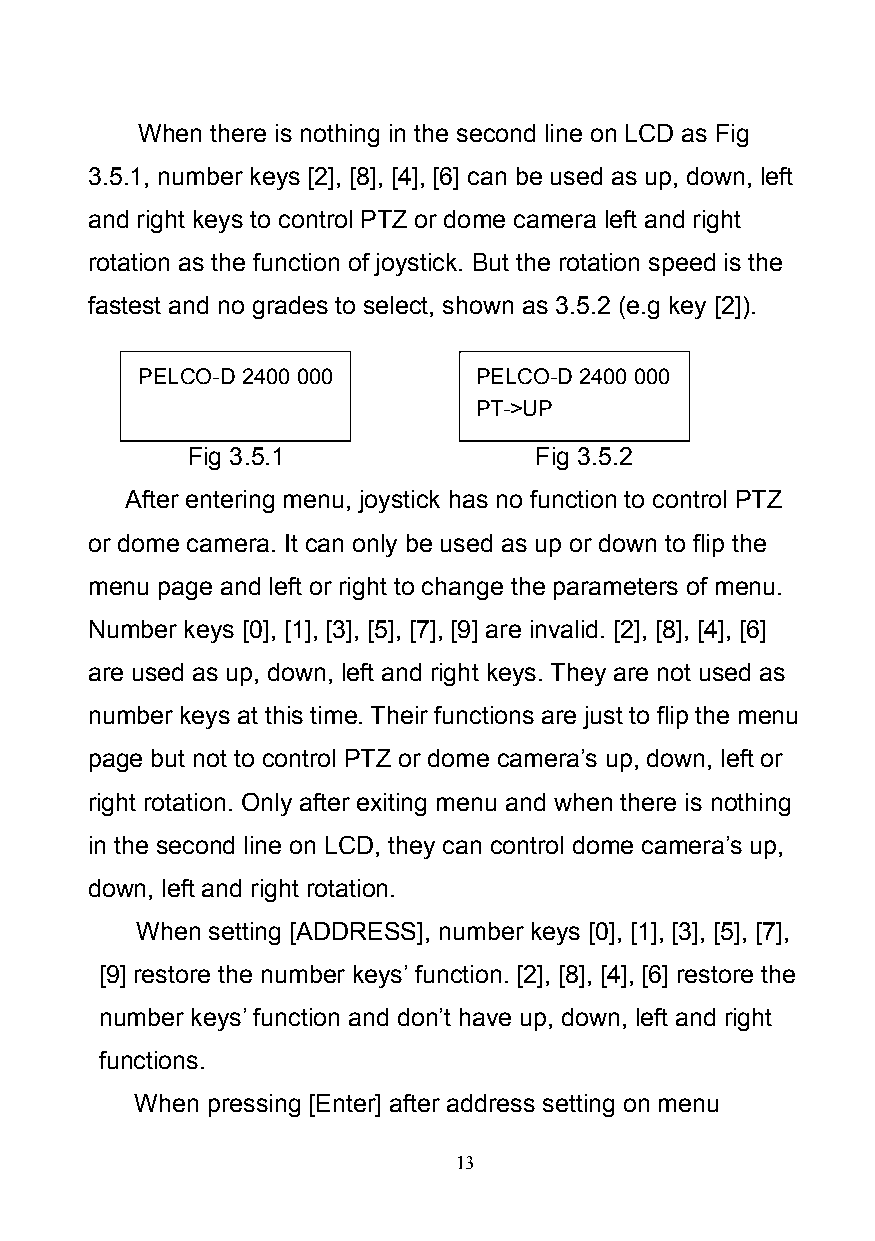
When there is nothing in the second line on LCD as Fig
 3.5.1, number keys [2], [8], [4], [6] can be used as up, down, left
 and right keys to control PTZ or dome camera left and right
 rotation as the function of joystick. But the rotation speed is the
 fastest and no grades to select, shown as 3.5.2 (e.g key [2]).
 PELCO-D 2400 000      PELCO-D2400 000
 PT->UP
 Fig 3.5.1              Fig 3.5.2
 After entering menu, joystick has no function to control PTZ
 or dome camera. It can only be used as up or down to flip the
 menu page and left or right to change the parameters of menu.
 Number keys [0], [1], [3], [5], [7], [9] are invalid. [2], [8], [4], [6]
 are used as up, down, left and right keys. They are not used as
 number keys at this time.Their functions are just to flip the menu
 page but not to control PTZ or dome camera’s up, down, left or
 right rotation. Only after exiting menu and when there is nothing
 in the second line on LCD, they can control dome camera’s up,
 down, left and right rotation.
 When setting [ADDRESS], number keys [0], [1], [3], [5], [7],
 [9] restore the number keys’function. [2], [8], [4], [6] restore the
 number keys’function and don’t have up, down, left and right
 functions.
 When pressing [Enter] after address setting on menu
 13